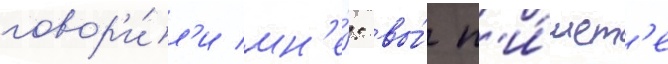
говор'и́л'и мн'е́: вы́ п'и́шет'е